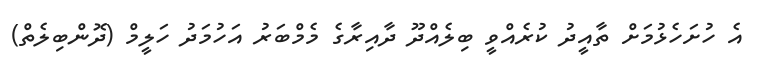
އެ ހުށަހެޅުމަށް ތާއީދު ކުރެއްވީ ބިލެއްދޫ ދާއިރާގެ މެމްބަރު އަހުމަދު ހަލީމް (ދޮންބިލެތް)